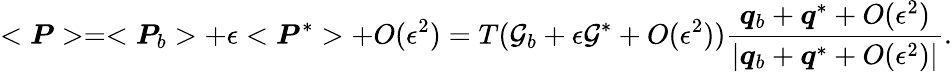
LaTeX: <\boldsymbol{P}>=<\boldsymbol{P}_{b}>+\epsilon<\boldsymbol{P}^{*}>+O(\epsilon^{2})=T(\mathcal{G}_{b}+\epsilon\mathcal{G}^{*}+O(\epsilon^{2}))\frac{\boldsymbol{q}_{b}+\boldsymbol{q}^{*}+O(\epsilon^{2})}{|\boldsymbol{q}_{b}+\boldsymbol{q}^{*}+O(\epsilon^{2})|}.